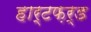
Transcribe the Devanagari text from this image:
हार्टफ़र्ड